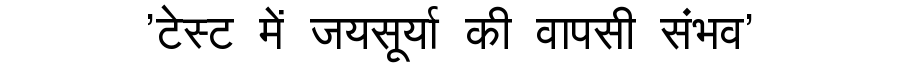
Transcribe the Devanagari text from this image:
'टेस्ट में जयसूर्या की वापसी संभव'